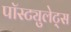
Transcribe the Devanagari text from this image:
पॉस्ट्युलेट्स